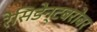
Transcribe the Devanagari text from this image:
रेसिडेन्टबरोबर